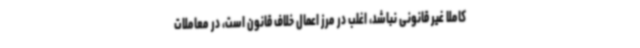
کاملا غیر قانونی نباشد، اغلب در مرز اعمال خلاف قانون است، در معاملات